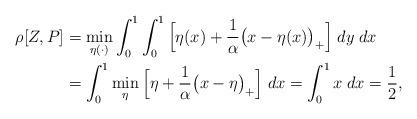
LaTeX: \begin{align*}\rho[Z,P] &= \min_{\eta(\cdot)} \int_0^1 \int_0^1 \Big[\eta(x) + \frac{1}{\alpha} \big(x - \eta(x)\big)_+\Big]\;dy\;dx \\&= \int_0^1 \min_{\eta}\Big[\eta + \frac{1}{\alpha} \big(x - \eta\big)_+\Big]\;dx = \int_0^1 x \;dx= \frac{1}{2} ,\end{align*}